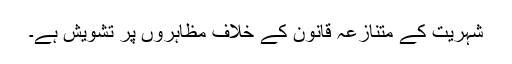
شہریت کے متنازعہ قانون کے خلاف مظاہروں پر تشویش ہے۔